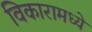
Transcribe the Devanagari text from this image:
विकारामध्ये